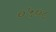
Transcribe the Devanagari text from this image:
०५०८